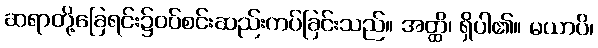
ဆရာတို့ခြေရင်း၌ဝပ်စင်းဆည်းကပ်ခြင်းသည်။ အတ္ထိ၊ ရှိပါ၏။ မယာပိ၊